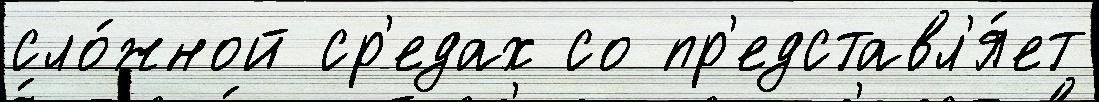
сло́жной ср'едах со пр'едставл'я́ет